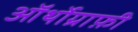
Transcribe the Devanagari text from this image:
ऑर्थोग्राफ़ी